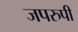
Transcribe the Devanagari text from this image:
जपरुपी